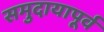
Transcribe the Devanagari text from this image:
समुदायापूर्व